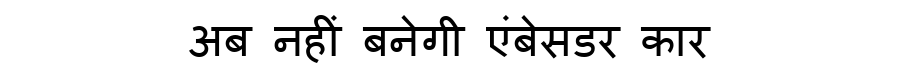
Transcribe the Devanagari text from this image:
अब नहीं बनेगी एंबेसडर कार